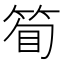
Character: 𬕇